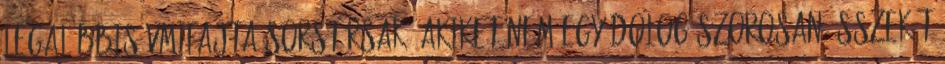
legalábbis vmifajta sorstársak, akiket nem egy dolog szorosan összeköt